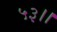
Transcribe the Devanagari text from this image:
५३।।